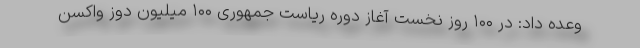
وعده داد: در ۱۰۰ روز نخست آغاز دوره ریاست جمهوری ۱۰۰ میلیون دوز واکسن